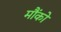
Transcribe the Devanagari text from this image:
मौंको